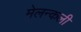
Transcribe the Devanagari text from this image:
मेलन्कली